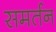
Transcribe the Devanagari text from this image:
समर्तन